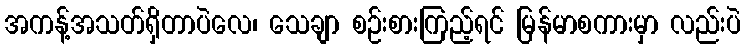
အကန့်အသတ်ရှိတာပဲလေ၊ သေချာ စဉ်းစားကြည့်ရင် မြန်မာစကားမှာ လည်းပဲ